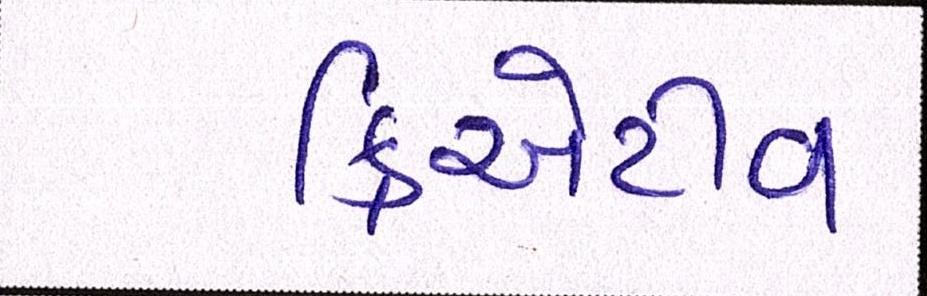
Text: ક્રિએટીવ